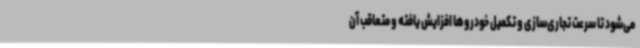
می‌شود تا سرعت تجاری‌سازی و تکمیل خودروها افزایش یافته و متعاقب آن